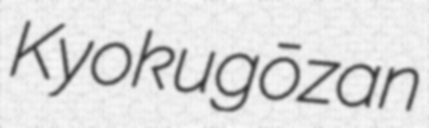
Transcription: Kyokugōzan